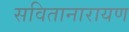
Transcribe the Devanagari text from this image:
सवितानारायण